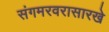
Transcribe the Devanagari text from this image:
संगमरवरासारखे